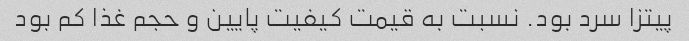
پیتزا سرد بود. نسبت به قیمت کیفیت پایین و حجم غذا کم بود